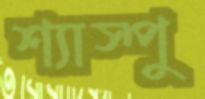
শ্যাস্পু